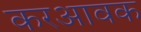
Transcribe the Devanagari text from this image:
करआवक